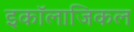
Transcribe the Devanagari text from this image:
इकॉलाजिकल